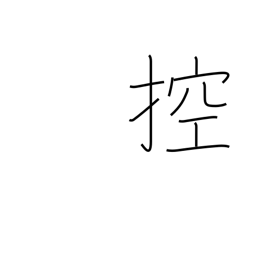
Meaning: draw in